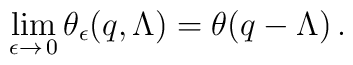
\lim_{\epsilon \rightarrow\,0}\theta_{\epsilon}(q,\Lambda)=\theta(q-\Lambda)\,.